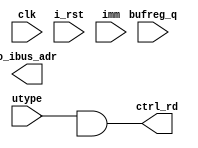
`default_nettype none
module serv_ctrl
  (
   input wire        clk,
   input wire        i_rst,
   //State
   input wire        utype,
   //Data
   input wire        imm,
   input wire        bufreg_q,
   output wire        ctrl_rd,
   //External
   output reg [31:0] o_ibus_adr);

   wire       pc_plus_offset_aligned;
   wire       offset_b;

 assign ctrl_rd  = (utype & pc_plus_offset_aligned);

   assign offset_b = utype ? (imm ): bufreg_q;
endmodule